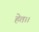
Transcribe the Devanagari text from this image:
हेत।।